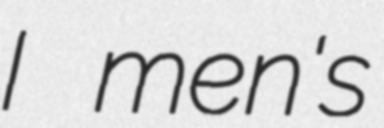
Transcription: I men's